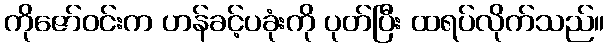
ကိုဇော်ဝင်းက ဟန်ခင့်ပခုံးကို ပုတ်ပြီး ထရပ်လိုက်သည်။